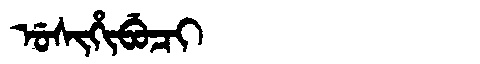
Manchu: ᡠᠰᡳᡥᡳᠪᡠᠴᡳ
Romanization: USIHIBUCI